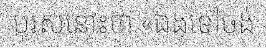
បុរសនោះថា «ឯងទៅចង់